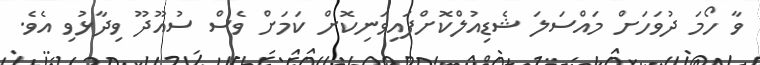
ވާ ހޯމަ ދުވަހަށް މައްސަލަ ޝެޑިއުލްކޮށްފައިވަނިކޮށް ކަމަށް ވެސް ސުއޫދޫ ވިދާޅުވި އެވެ.